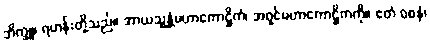
ဘိက္ခူ၊ ရဟန်းတို့သည်။ အာယသ္မန္တံမဟာကောဋ္ဌိကံ၊ အရှင်မဟာကောဋ္ဌိကကို။ ဧတံ ဝစနံ၊